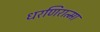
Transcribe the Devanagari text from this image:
धरणिरात्मा